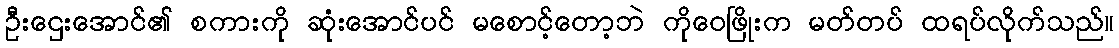
ဦးဌေးအောင်၏ စကားကို ဆုံးအောင်ပင် မစောင့်တော့ဘဲ ကိုဝေဖြိုးက မတ်တပ် ထရပ်လိုက်သည်။